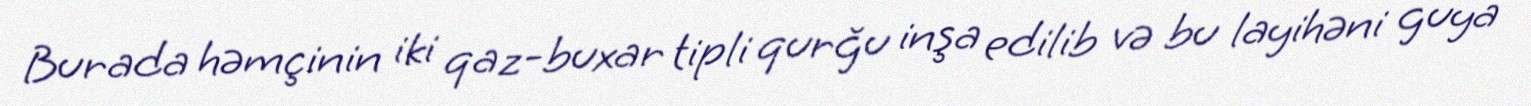
Burada həmçinin iki qaz-buxar tipli qurğu inşa edilib və bu layihəni guya